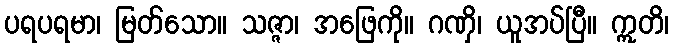
ပရပရမာ၊ မြတ်သော။ သဇ္ဇာ၊ အဖြေကို။ ဂဏှိ၊ ယူအပ်ပြီ။ ဣတိ၊